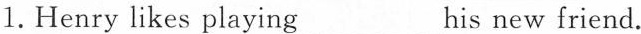
1.Henry likes playing ___ his new friend.